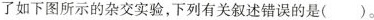
了如下图所示的杂交实验，下列有关叙述错误的是( )。